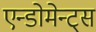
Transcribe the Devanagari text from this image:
एन्डोमेन्ट्‌स